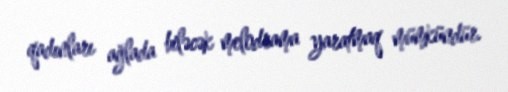
qadınları ağlada biləcək melodrama yaratmaq mümkündür.